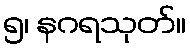
၅၊ နဂရသုတ်။